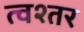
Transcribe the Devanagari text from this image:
त्वश्तर